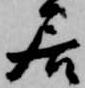
居